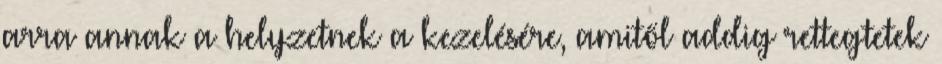
arra annak a helyzetnek a kezelésére, amitől addig rettegtetek